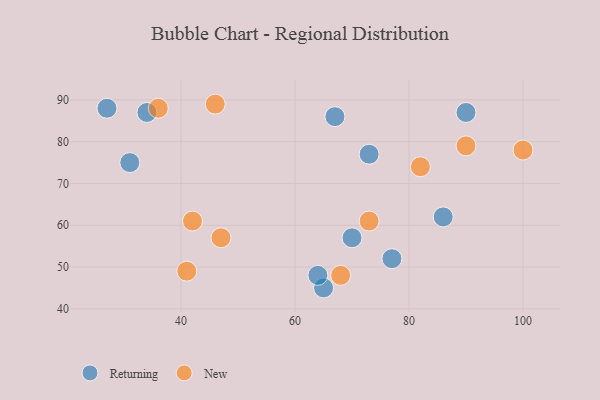
{"axis": {"x": "GDP", "y": "Life Expectancy"}, "legend": ["New", "Returning"], "data": [{"x": "31", "y": 75, "type": "Returning"}, {"x": "90", "y": 87, "type": "Returning"}, {"x": "70", "y": 57, "type": "Returning"}, {"x": "65", "y": 45, "type": "Returning"}, {"x": "27", "y": 88, "type": "Returning"}, {"x": "34", "y": 87, "type": "Returning"}, {"x": "77", "y": 52, "type": "Returning"}, {"x": "73", "y": 77, "type": "Returning"}, {"x": "64", "y": 48, "type": "Returning"}, {"x": "67", "y": 86, "type": "Returning"}, {"x": "86", "y": 62, "type": "Returning"}, {"x": "73", "y": 61, "type": "New"}, {"x": "68", "y": 48, "type": "New"}, {"x": "41", "y": 49, "type": "New"}, {"x": "46", "y": 89, "type": "New"}, {"x": "100", "y": 78, "type": "New"}, {"x": "82", "y": 74, "type": "New"}, {"x": "36", "y": 88, "type": "New"}, {"x": "47", "y": 57, "type": "New"}, {"x": "42", "y": 61, "type": "New"}, {"x": "90", "y": 79, "type": "New"}]}